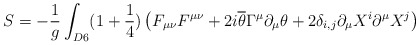
\begin{align*}S=-\frac{1}{g}\int_{D6}(1+\frac{1}{4})\left(F_{\mu\nu}F^{\mu\nu}+2i\overline{\theta}\Gamma^{\mu}\partial_{\mu}\theta+2\delta_{i,j}\partial_{\mu}X^i\partial^{\mu}X^j \right)\end{align*}